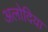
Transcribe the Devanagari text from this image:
अलोदिया